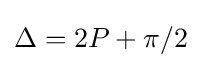
\Delta =2P+\pi /2